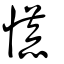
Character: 慌